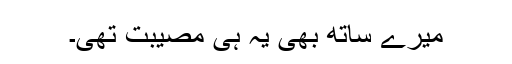
میرے ساتھ بھی یہ ہی مصیبت تھی۔